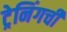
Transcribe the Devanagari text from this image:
ट्रेनिंगची